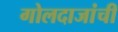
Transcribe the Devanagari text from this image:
गोलदाजांची